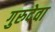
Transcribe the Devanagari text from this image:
गुरुदेवा